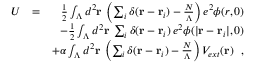
\begin{array} { r l r } { U } & { = } & { \frac { 1 } { 2 } \int _ { \Lambda } d ^ { 2 } { \bf r } \: \left( \sum _ { i } \delta ( { \bf r } - { \bf r } _ { i } ) - \frac { N } { \Lambda } \right) e ^ { 2 } \phi ( r , 0 ) } \\ & { } & { \mathrm - \frac { 1 } { 2 } \int _ { \Lambda } d ^ { 2 } { \bf r } \: \sum _ { i } \delta ( { \bf r } - { \bf r } _ { i } ) \: e ^ { 2 } \phi ( | { \bf r } - { \bf r } _ { i } | , 0 ) } \\ & { } & { \mathrm + \alpha \int _ { \Lambda } d ^ { 2 } { \bf r } \: \left( \sum _ { i } \delta ( { \bf r } - { \bf r } _ { i } ) - \frac { N } { \Lambda } \right) V _ { e x t } ( { \bf r } ) ~ ~ , } \end{array}